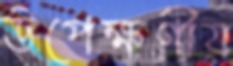
উপেক্ষণীয়